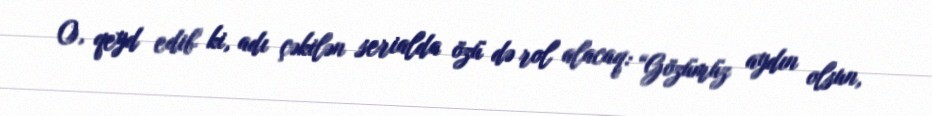
O, qeyd edib ki, adı çəkilən serialda özü də rol alacaq: “Gözümüz aydın olsun,